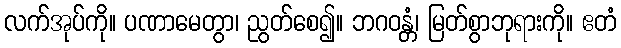
လက်အုပ်ကို။ ပဏာမေတွာ၊ ညွတ်စေ၍။ ဘဂဝန္တံ၊ မြတ်စွာဘုရားကို။ ဧတံ